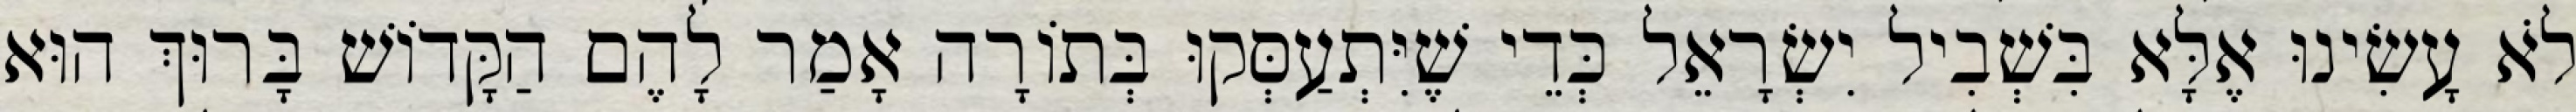
לֹא עָשִׂינוּ אֶלָּא בִּשְׁבִיל יִשְׂרָאֵל כְּדֵי שֶׁיִּתְעַסְּקוּ בְּתוֹרָה אָמַר לָהֶם הַקָּדוֹשׁ בָּרוּךְ הוּא